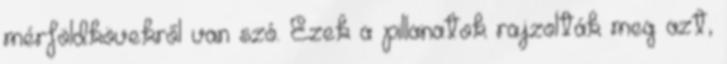
mérföldkövekről van szó. Ezek a pillanatok rajzolták meg azt,